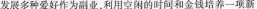
发展多种爱好作为副业，利用空闲的时间和金钱培养一项新